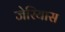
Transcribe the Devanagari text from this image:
जेरियास